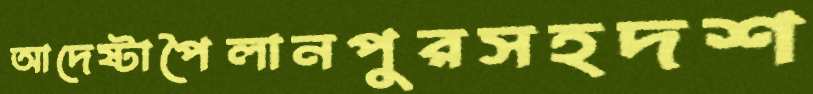
আদেষ্টাপৈলানপুরসহদশ